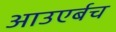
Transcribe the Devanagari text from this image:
आउएर्बच